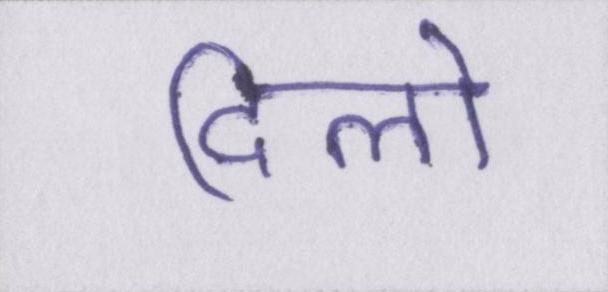
दिलो